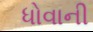
ધોવાની